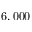
6 , 0 0 0